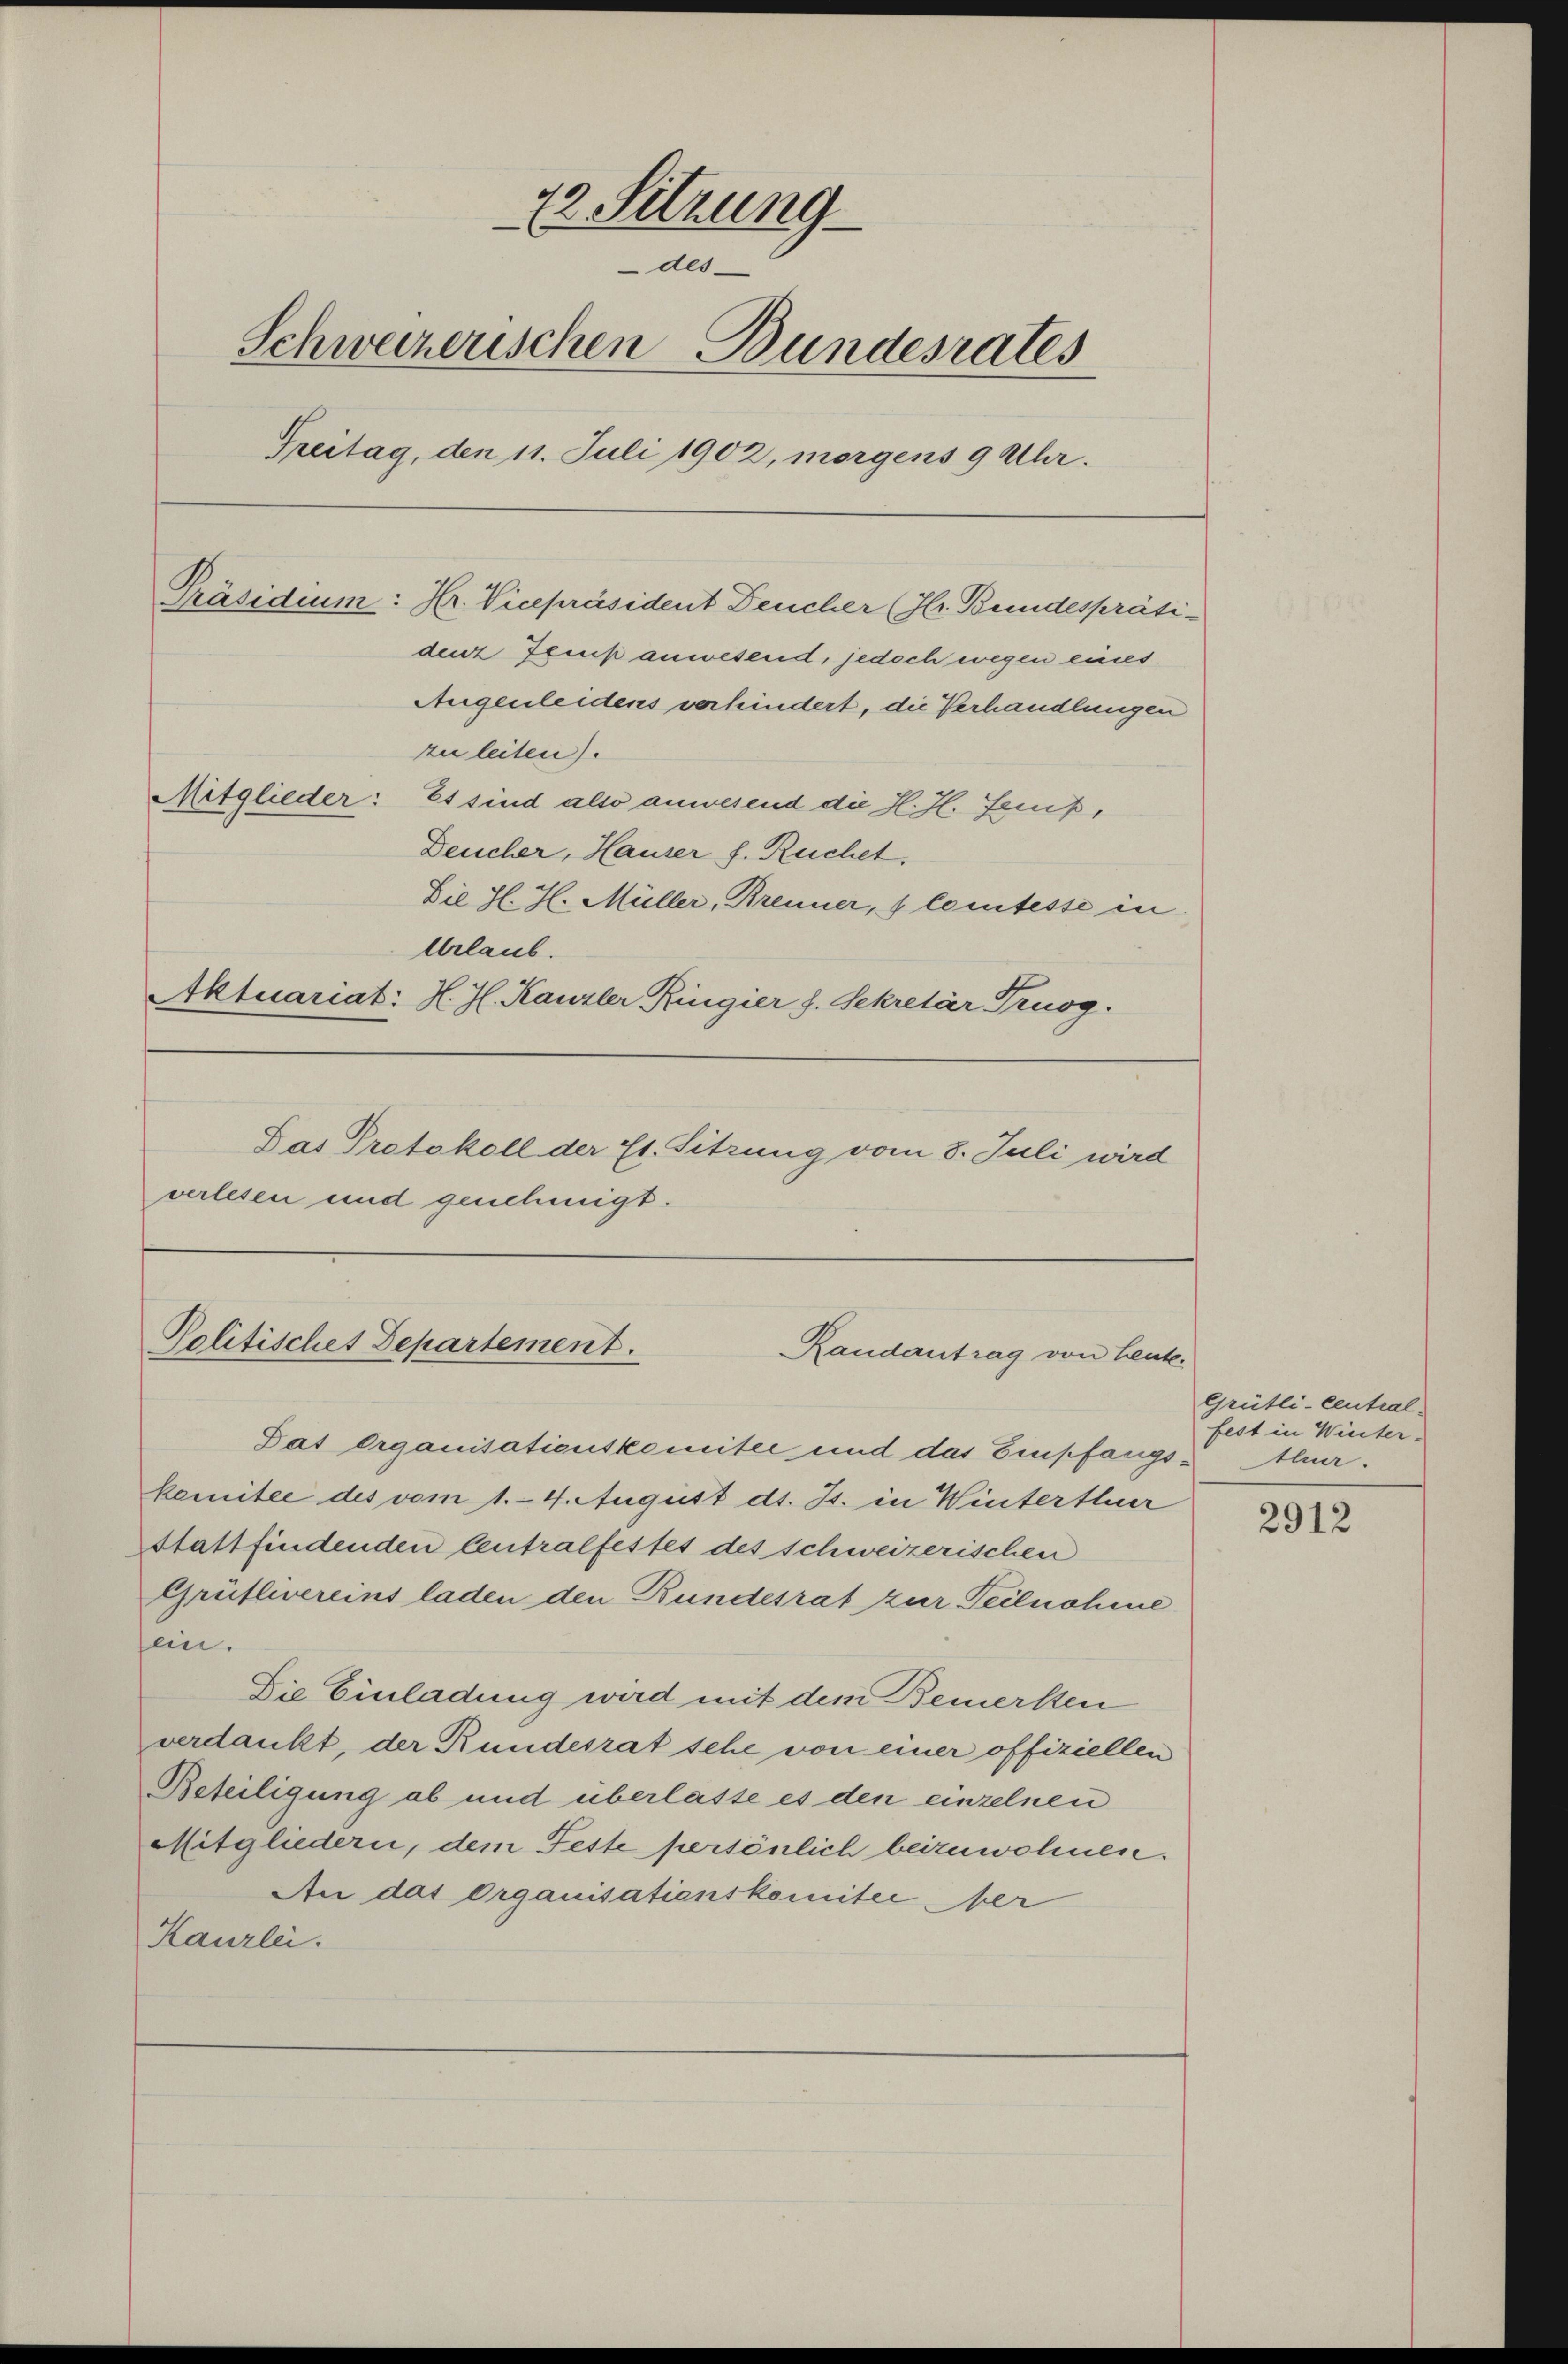
12. Sitzung
des
Schweizerischen Bundesrates
Treitag, den 11. Juli 1902, morgens 9 Uhr.
denz Fees anwesend, jedoch wegen eines
Augenleidens verhindert, die Verhandlungen
zu leiten).
Mitglieder: Es sind also anwesend die H.H. Geniß,
Deucher, Hauser f. Ruchet.
Die H. H. Müller, Brenner, 1 lemtesse in
Urlaub.
Aktuariat: H. Hl. Kanzler Ringier h. Sekretär Truog.
Das Protokoll der Et. Sitzung vom 8. Juli wird
verlesen und genehmigt.

Präsidium: Hr. Vicepräsident Deucher (Hr. Bundespräti-

Politischet Departement.
Randantrag von Leute.

Das Organisationskomitee und das Empfangs Auer.
komitee des vom 1. 4. August d. Js. in Winterthur
stattfindenden Centralfestes des schweizerischen
Grütleereins laden den Bundesrat zur Teilnohme
fein.
Die Einladung wird mit dem Bemerken
verdankt, der Rundesrat sehe von einer offiziellen
Beteiligung ab und überlasse es den einzelnen
Mitgliedern, dem Feste persönlich beizuwohnen.
An das Organisationskomitee ber
Kanzlei.

Grütli-Central
fest in Winter-

2912